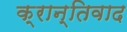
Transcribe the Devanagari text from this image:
क्रान्तिवाद